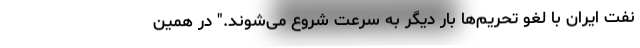
نفت ایران با لغو تحریم‌ها بار دیگر به سرعت شروع می‌شوند." در همین